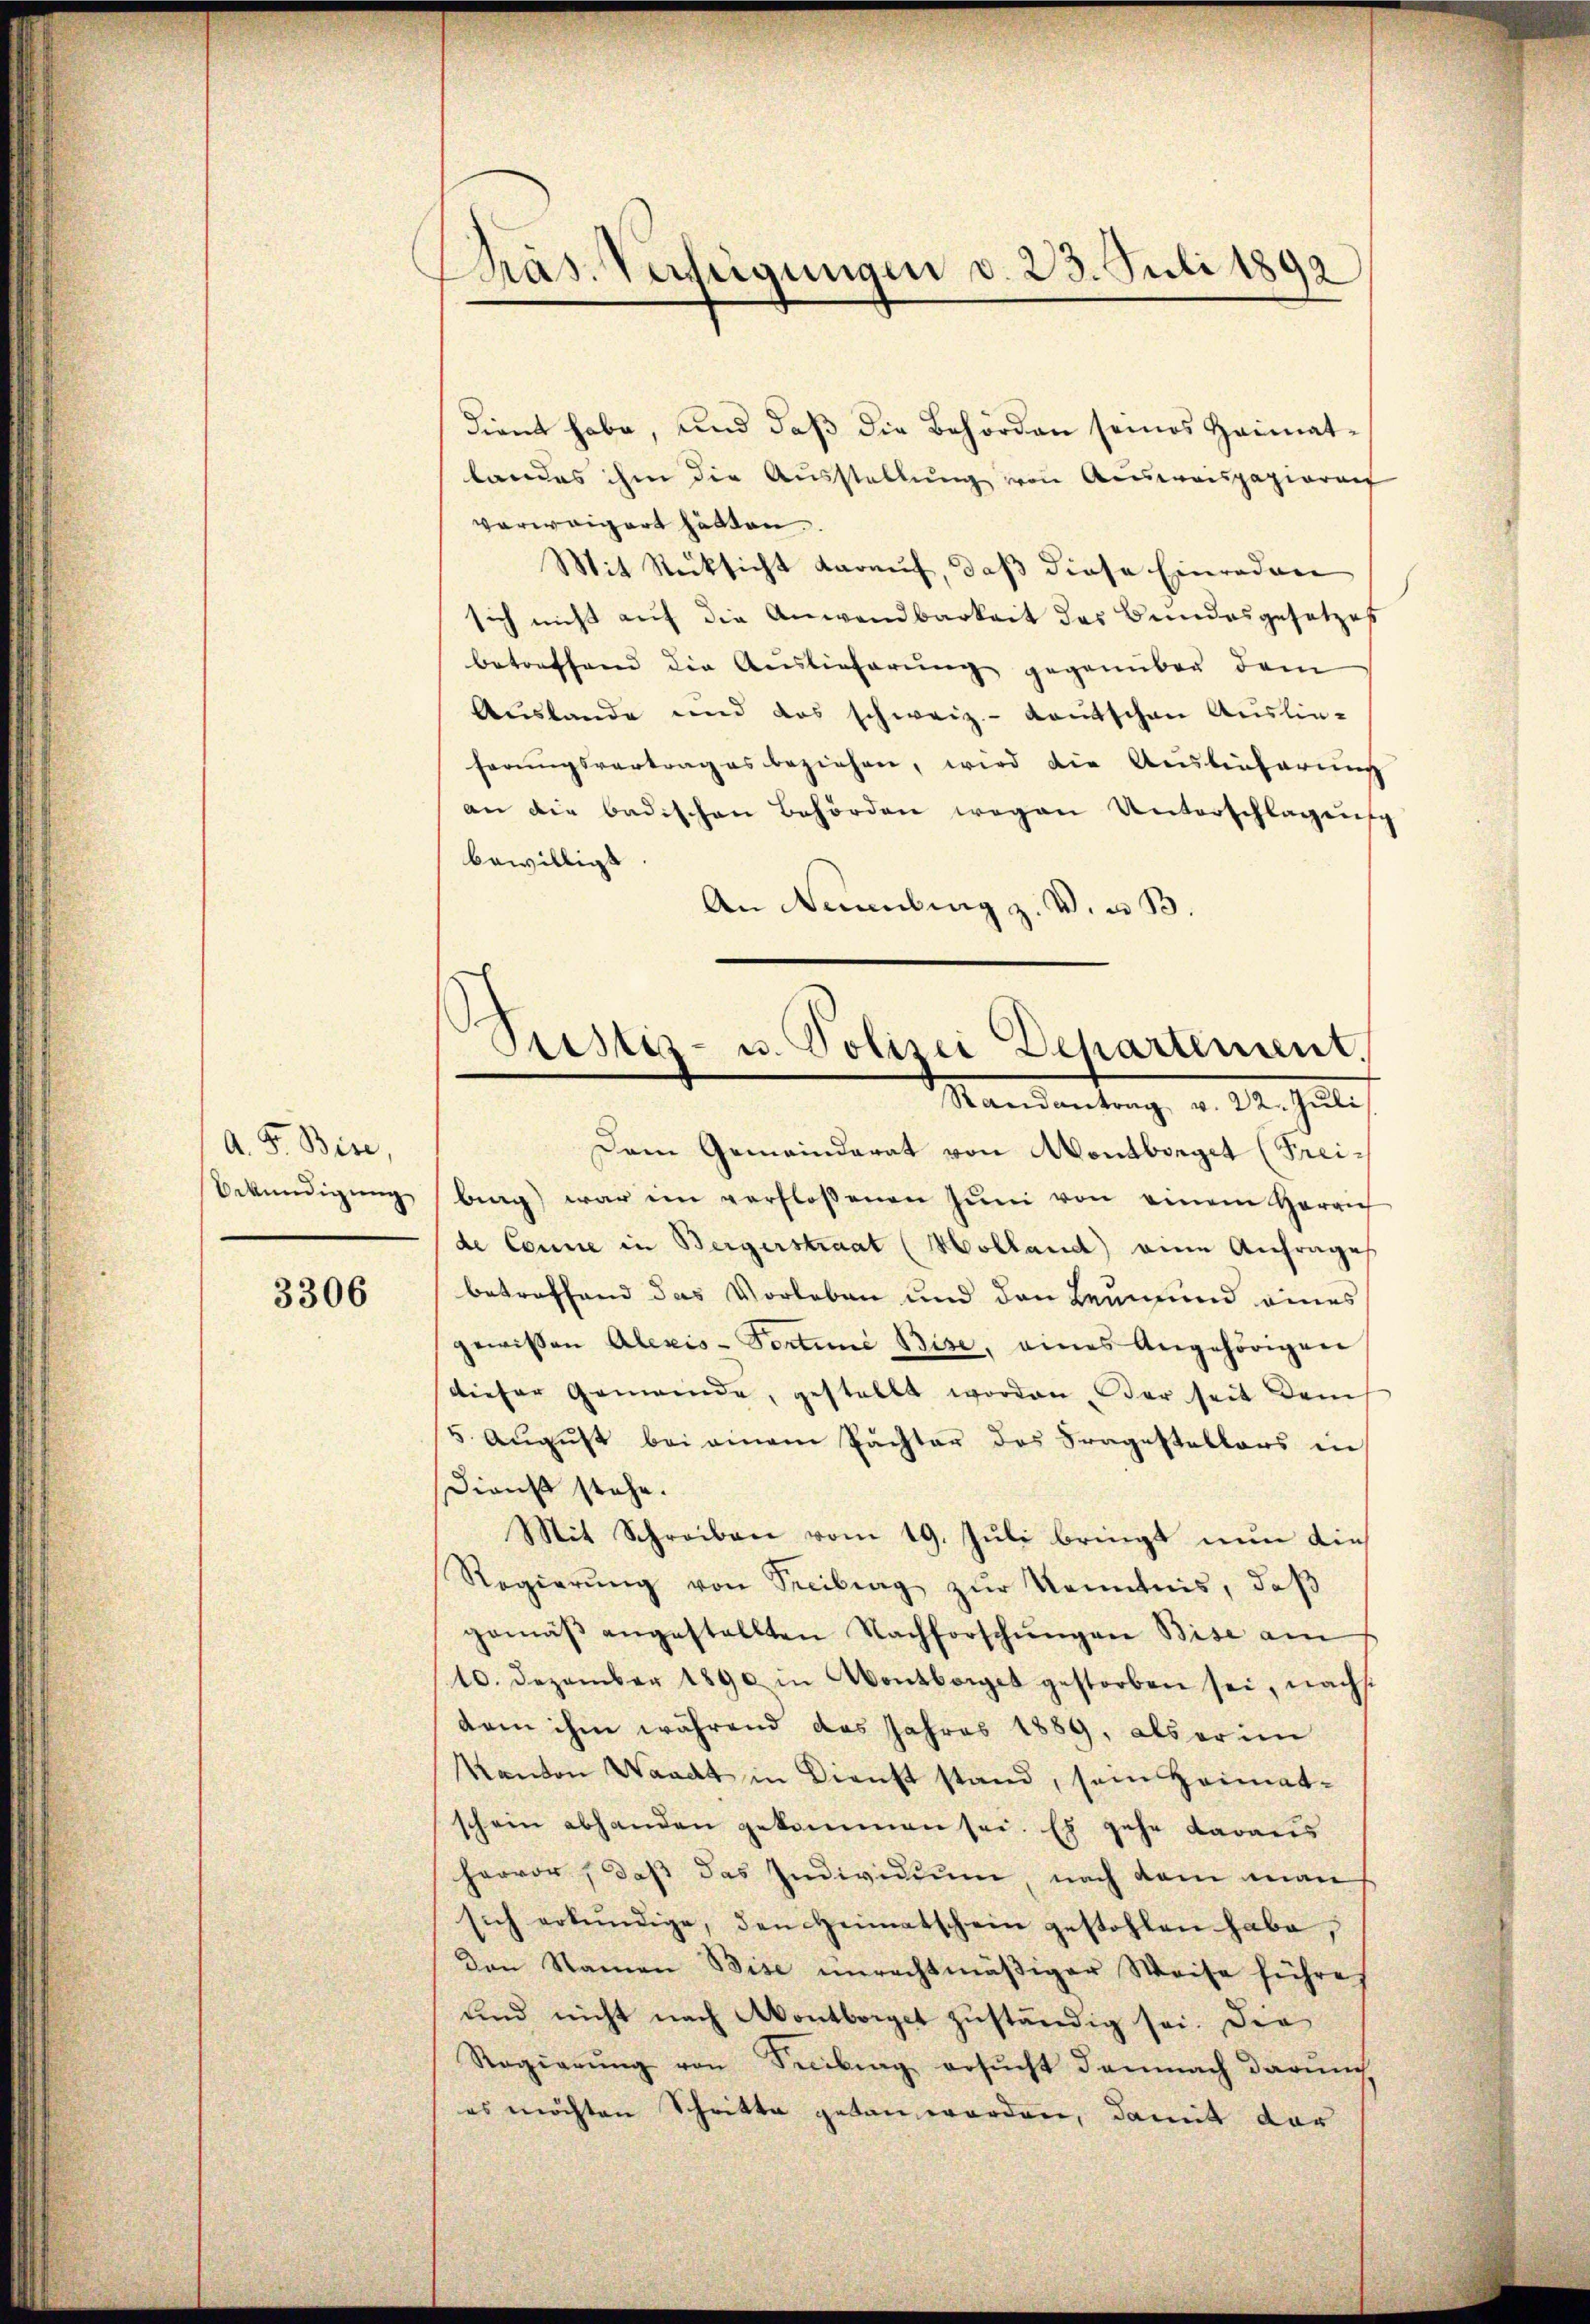
A. F. Bise
Urkundigung

3306

Präs. Verfeigungen d. 23. Juli 1892

dient habe, und daß die Behörden seines Heimatlandes ihm die Ausstellung von Ausweispapieren
verweigert hätten.
Mit Rücksicht darauf, daß diese Einreden
sich nicht auf die Anwendbarkeit des Bundesgesetzes
betreffend die Auslieferung gegenüber dem
Auslande und das schweiz.- Kautschen Auslie-
ferŭngsvertrag es beziehen, wird die Auslieferŭng
an die badischen Behörden wegen Unterschlagung
bewilligt
An Nürnberg z. V. a. B.
Dem Gemeinderat von Montborget (Frei-
brag) war im verfloßenen Jŭni von einem Herrich
de Conne in Bergerstraat (Holland) eine Anfrages
betreffend das Vorleben und den Leumund eines
gewissen Alexis-Sortune Bise, eines Angehörigen
dieser Gemeinde, gestellt worden. Der seit dem
5. August bei einem Pächter des Fragestellers in
Dienst stehe.
Mit Schreiben vom 19. Juli bringt nun die
Regierŭng von Streibung zŭr Kenntnis, daβ
gemäβ angestellten Nachforschŭngen Bise am
10. Dezember 1890 in Montborget gestorben sei, nachsi
dem ihm während das Jahres 1889, als er im
Kanton Waadt in Dienst stand, sein Heimatschein abhanden gekommen sei. Es gehe daraus
hervor, daß das Individium nach dem man
sich erkundige, den Heimatschein gestohlen habe,
Den Namen Bise unrechtmäβiger Weise führe
und nicht nach Aontborget zuständig sei. Die
Regierŭng von Secibung ersŭcht demnach darŭm
es möchten Schritte getan worden, damit dar

Prestiz- u. Polizei Dehartement.
Randantrag v. 22. Juli